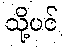
သို့ပင်